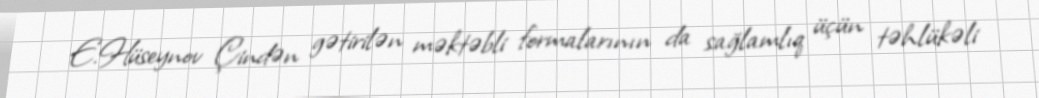
E.Hüseynov Çindən gətirilən məktəbli formalarının da sağlamlıq üçün təhlükəli